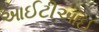
આઈટીઆઈ